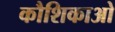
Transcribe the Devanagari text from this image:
कौशिकाओ